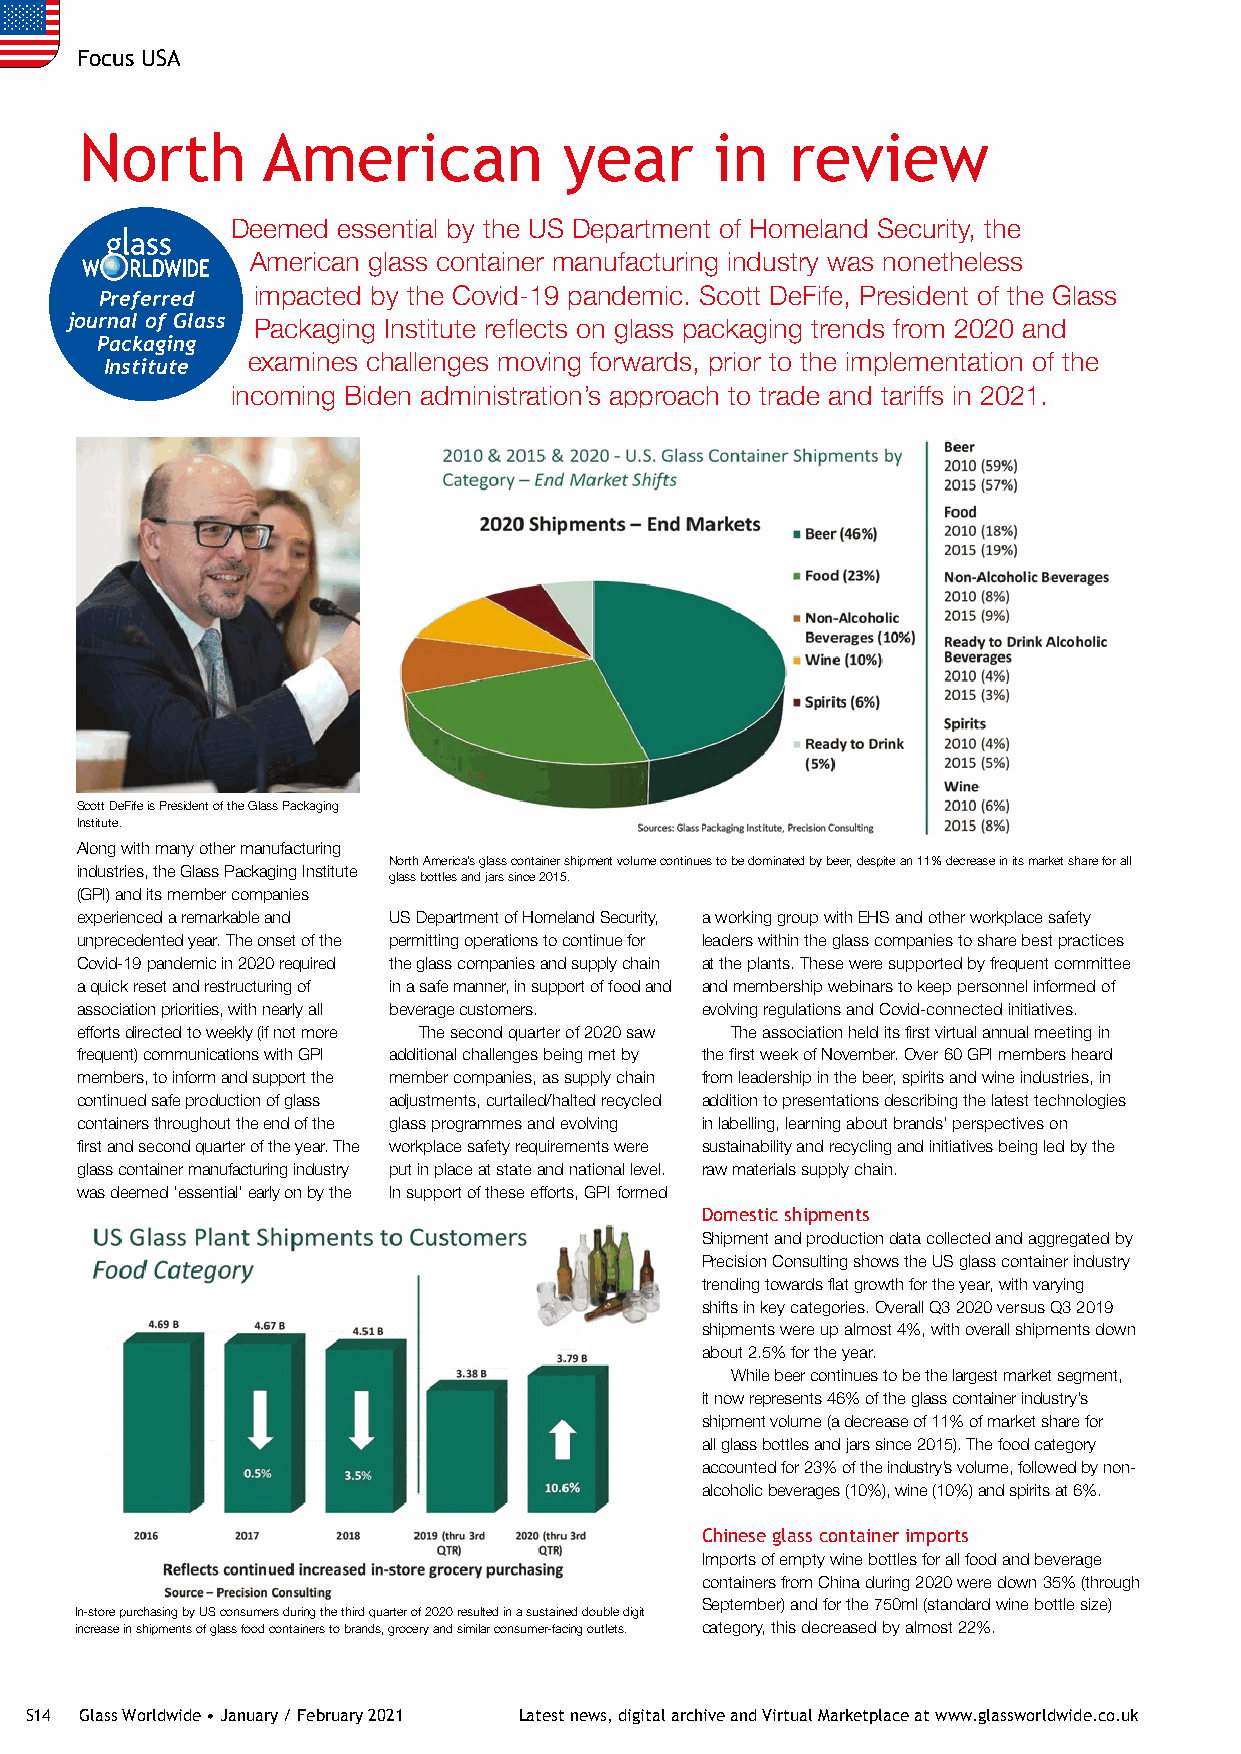
Focus USA
 North       American            year      in   review
 Deemed essential by the US Department of Homeland Security, the
 American glass container manufacturing industry was nonetheless
 Preferred impacted by the Covid-19 pandemic. Scott DeFife, President of the Glass
 journal of Glass Packaging Institute reflects on glass packaging trends from 2020 and
 Packaging
 examines challenges moving forwards, prior to the implementation of the
 Institute
 incoming Biden administration’s approach to trade and tariffs in 2021.
 Scott DeFife is President of the Glass Packaging
 Institute.
 Along with many other manufacturing
 North America’s glass container shipment volume continues to be dominated by beer, despite an 11% decrease in its market share for all
 industries, the Glass Packaging Institute
 glass bottles and jars since 2015.
 (GPI) and its member companies
 experienced a remarkable and US Department of Homeland Security, a working group with EHS and other workplace safety
 unprecedented year. The onset of the permitting operations to continue for leaders within the glass companies to share best practices
 Covid-19 pandemic in 2020 required the glass companies and supply chain at the plants. These were supported by frequent committee
 a quick reset and restructuring of in a safe manner, in support of food and and membership webinars to keep personnel informed of
 association priorities, with nearly all beverage customers. evolving regulations and Covid-connected initiatives.
 efforts directed to weekly (if not more The second quarter of 2020 saw The association held its first virtual annual meeting in
 frequent) communications with GPI additional challenges being met by the first week of November. Over 60 GPI members heard
 members, to inform and support the member companies, as supply chain from leadership in the beer, spirits and wine industries, in
 continued safe production of glass adjustments, curtailed/halted recycled addition to presentations describing the latest technologies
 containers throughout the end of the glass programmes and evolving in labelling, learning about brands’ perspectives on
 first and second quarter of the year. The workplace safety requirements were sustainability and recycling and initiatives being led by the
 glass container manufacturing industry put in place at state and national level. raw materials supply chain.
 was deemed ‘essential’ early on by the In support of these efforts, GPI formed
 Domestic shipments
 Shipment and production data collected and aggregated by
 Precision Consulting shows the US glass container industry
 trending towards flat growth for the year, with varying
 shifts in key categories. Overall Q3 2020 versus Q3 2019
 shipments were up almost 4%, with overall shipments down
 about 2.5% for the year.
 While beer continues to be the largest market segment,
 it now represents 46% of the glass container industry’s
 shipment volume (a decrease of 11% of market share for
 all glass bottles and jars since 2015). The food category
 accounted for 23% of the industry’s volume, followed by non-
 alcoholic beverages (10%), wine (10%) and spirits at 6%.
 Chinese glass container imports
 Imports of empty wine bottles for all food and beverage
 containers from China during 2020 were down 35% (through
 September) and for the 750ml (standard wine bottle size)
 In-store purchasing by US consumers during the third quarter of 2020 resulted in a sustained double digit
 increase in shipments of glass food containers to brands, grocery and similar consumer-facing outlets. category, this decreased by almost 22%.
 S14 Glass Worldwide • January / February 2021 Latest news, digital archive and Virtual Marketplace at www.glassworldwide.co.uk